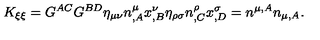
K _ { \xi \xi } = G ^ { A C } G ^ { B D } \eta _ { \mu \nu } n _ { , A } ^ { \mu } x _ { , B } ^ { \nu } \eta _ { \rho \sigma } n _ { , C } ^ { \rho } x _ { , D } ^ { \sigma } = n ^ { \mu , A } n _ { \mu , A } .